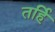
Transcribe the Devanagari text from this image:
तर्हि